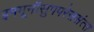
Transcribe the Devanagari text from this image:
इममूनॉसुपपरेससंत्स